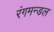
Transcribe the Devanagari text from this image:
रंगमन्डल